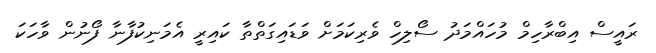
ރައީސް އިބްރާހިމް މުހައްމަދު ސޯލިހް ވެރިކަމަށް ވަޑައިގަތްތާ ކައިރީ އެމަނިކުފާނާ ފޯނުން ވާހަކަ